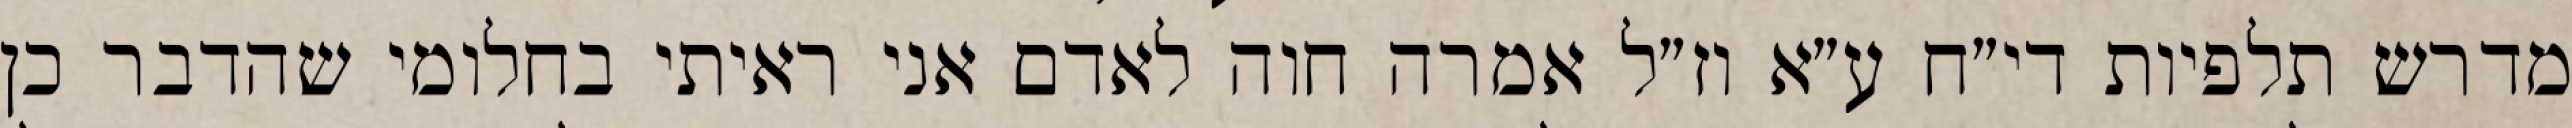
מדרש תלפיות די״ח ע״א וז״ל אמרה חוה לאדם אני ראיתי בחלומי שהדבר כן